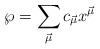
LaTeX: \begin{align*}{\wp} = \sum_{\vec {\mu}} c_{\vec{\mu}} x^{\vec{\mu}}\end{align*}